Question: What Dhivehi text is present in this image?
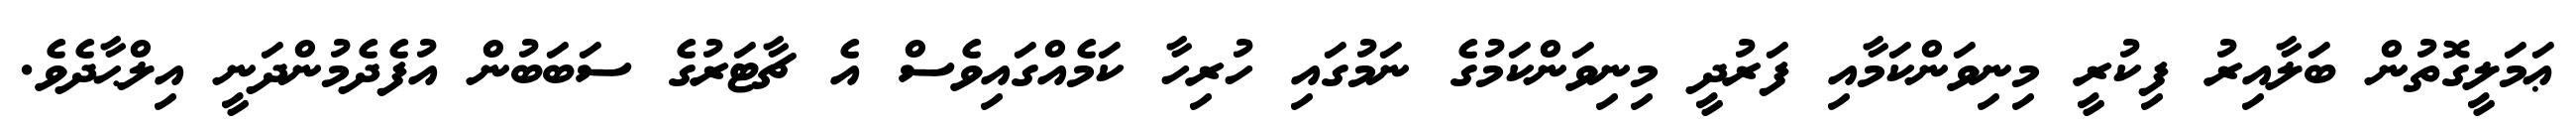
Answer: ޢަމަލީގޮތުން ބަލާއިރު ފިކުރީ މިނިވަންކަމާއި ފަރުދީ މިނިވަންކަމުގެ ނަމުގައި ހުރިހާ ކަމެއްގައިވެސް އެ ޗާޓަރުގެ ސަބަބުން އުފެދެމުންދަނީ އިލްޙާދެވެ.